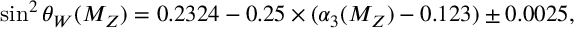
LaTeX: \sin ^ { 2 } \theta _ { W } ( M _ { Z } ) = 0 . 2 3 2 4 - 0 . 2 5 \times ( \alpha _ { 3 } ( M _ { Z } ) - 0 . 1 2 3 ) \pm 0 . 0 0 2 5 ,